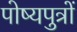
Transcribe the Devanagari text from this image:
पोष्यपुत्रों